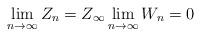
LaTeX: \begin{align*} \lim_{n \to \infty} Z_n = Z_\infty \lim_{n \to \infty} W_n = 0 \end{align*}